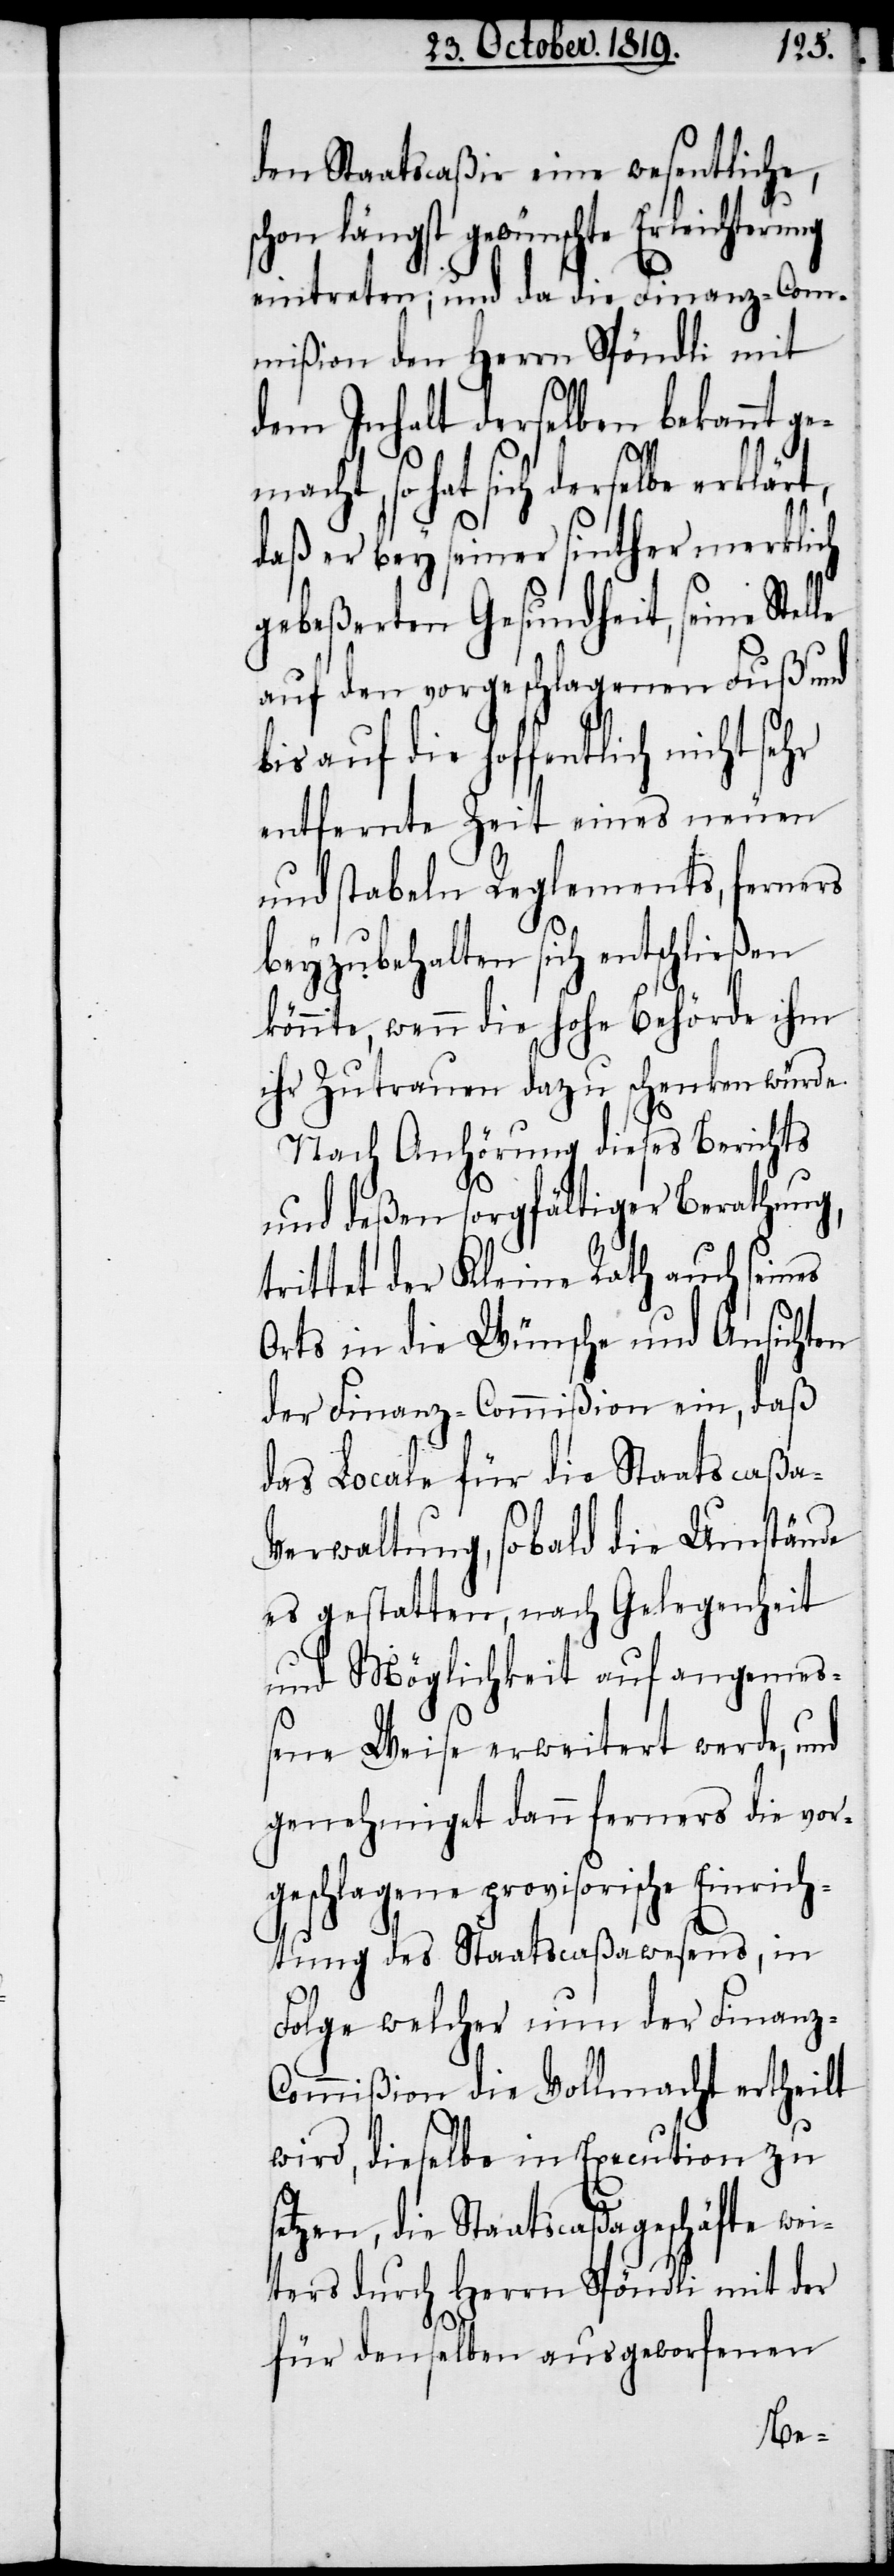
den Staatscaßir eine wesentliche,
schon längst gewünschte Erleichterung
eintreten; und da die Finanz-Com¬
mißion den Herrn Spöndli mit
dem Inhalt derselben bekannt ge¬
macht, so hat sich derselbe
daß er bey seiner sinther merklich
gebeßerten Gesundheit, seine Ste¬
auf den vorgeschlagenen Fuß und
bis auf die hoffentlich nicht
entfernte Zeit eines neuen
und stabeln Reglements, ferners
lle
beyzubehalten sich entschließen
könnte, wenn die hohe Behörde ihm
ihr Zutrauen dazu schenken würde.
Nach Anhörung dieses Berichts
und deßen sorgfältiger Berathung,
trittet der Kleine Rath auch seines
Orts in die Wünsche und Ansichten
der Finanz-Commißion ein, daß
das Locale für die Staatscaßa-V¬
erwaltung, sobald die Umstände
es gestatten, nach Gelegenheit
und Möglichkeit auf angemes¬
sene Weise erweitert werde, und
genehmiget dann ferners die vor¬
geschlagene provisorische Einrich¬
tung des Staatscaßawesens, in
Folge welcher nun der Finanz-C¬
ommißion die Vollmacht ertheilt
wird, dieselbe in Execution zu
setzen, die Staatscaßageschäfte wei¬
ters durch Herrn Spöndli mit der
für denselben ausgeworfenen